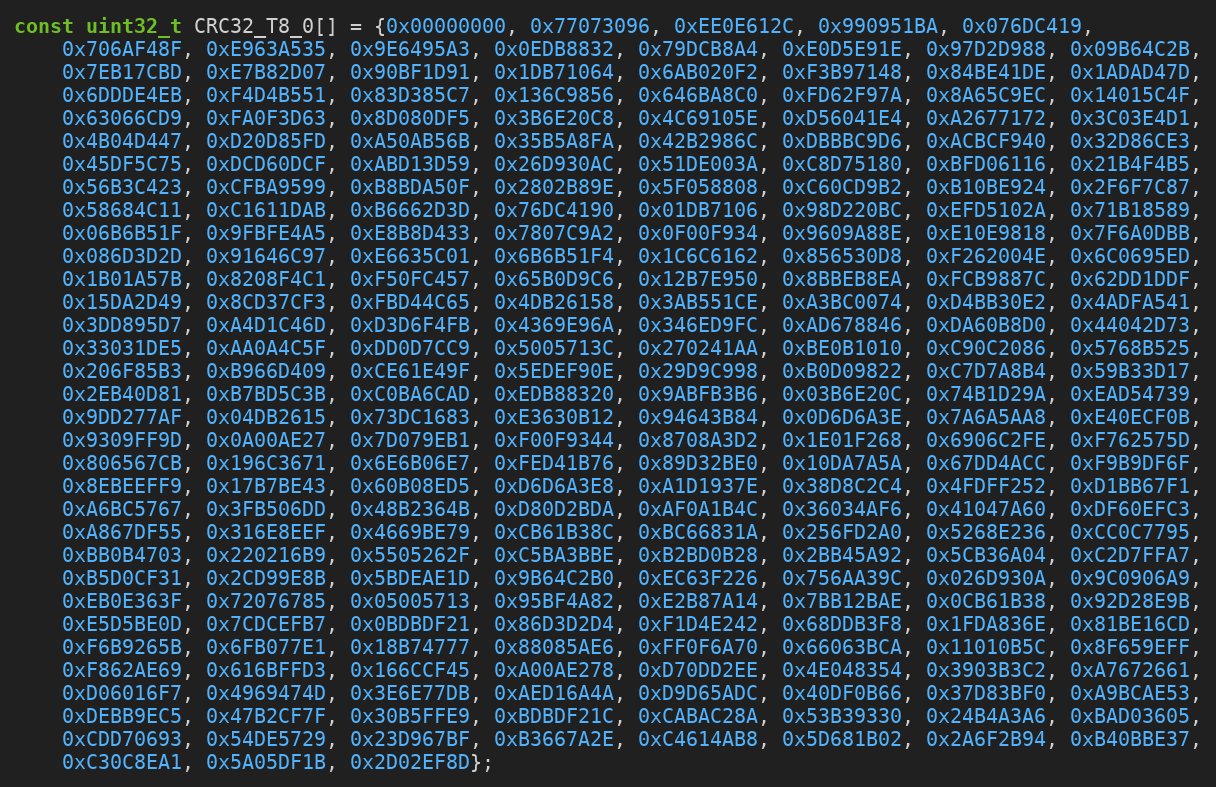
Language: C++
const uint32_t CRC32_T8_0[] = {0x00000000, 0x77073096, 0xEE0E612C, 0x990951BA, 0x076DC419,
    0x706AF48F, 0xE963A535, 0x9E6495A3, 0x0EDB8832, 0x79DCB8A4, 0xE0D5E91E, 0x97D2D988, 0x09B64C2B,
    0x7EB17CBD, 0xE7B82D07, 0x90BF1D91, 0x1DB71064, 0x6AB020F2, 0xF3B97148, 0x84BE41DE, 0x1ADAD47D,
    0x6DDDE4EB, 0xF4D4B551, 0x83D385C7, 0x136C9856, 0x646BA8C0, 0xFD62F97A, 0x8A65C9EC, 0x14015C4F,
    0x63066CD9, 0xFA0F3D63, 0x8D080DF5, 0x3B6E20C8, 0x4C69105E, 0xD56041E4, 0xA2677172, 0x3C03E4D1,
    0x4B04D447, 0xD20D85FD, 0xA50AB56B, 0x35B5A8FA, 0x42B2986C, 0xDBBBC9D6, 0xACBCF940, 0x32D86CE3,
    0x45DF5C75, 0xDCD60DCF, 0xABD13D59, 0x26D930AC, 0x51DE003A, 0xC8D75180, 0xBFD06116, 0x21B4F4B5,
    0x56B3C423, 0xCFBA9599, 0xB8BDA50F, 0x2802B89E, 0x5F058808, 0xC60CD9B2, 0xB10BE924, 0x2F6F7C87,
    0x58684C11, 0xC1611DAB, 0xB6662D3D, 0x76DC4190, 0x01DB7106, 0x98D220BC, 0xEFD5102A, 0x71B18589,
    0x06B6B51F, 0x9FBFE4A5, 0xE8B8D433, 0x7807C9A2, 0x0F00F934, 0x9609A88E, 0xE10E9818, 0x7F6A0DBB,
    0x086D3D2D, 0x91646C97, 0xE6635C01, 0x6B6B51F4, 0x1C6C6162, 0x856530D8, 0xF262004E, 0x6C0695ED,
    0x1B01A57B, 0x8208F4C1, 0xF50FC457, 0x65B0D9C6, 0x12B7E950, 0x8BBEB8EA, 0xFCB9887C, 0x62DD1DDF,
    0x15DA2D49, 0x8CD37CF3, 0xFBD44C65, 0x4DB26158, 0x3AB551CE, 0xA3BC0074, 0xD4BB30E2, 0x4ADFA541,
    0x3DD895D7, 0xA4D1C46D, 0xD3D6F4FB, 0x4369E96A, 0x346ED9FC, 0xAD678846, 0xDA60B8D0, 0x44042D73,
    0x33031DE5, 0xAA0A4C5F, 0xDD0D7CC9, 0x5005713C, 0x270241AA, 0xBE0B1010, 0xC90C2086, 0x5768B525,
    0x206F85B3, 0xB966D409, 0xCE61E49F, 0x5EDEF90E, 0x29D9C998, 0xB0D09822, 0xC7D7A8B4, 0x59B33D17,
    0x2EB40D81, 0xB7BD5C3B, 0xC0BA6CAD, 0xEDB88320, 0x9ABFB3B6, 0x03B6E20C, 0x74B1D29A, 0xEAD54739,
    0x9DD277AF, 0x04DB2615, 0x73DC1683, 0xE3630B12, 0x94643B84, 0x0D6D6A3E, 0x7A6A5AA8, 0xE40ECF0B,
    0x9309FF9D, 0x0A00AE27, 0x7D079EB1, 0xF00F9344, 0x8708A3D2, 0x1E01F268, 0x6906C2FE, 0xF762575D,
    0x806567CB, 0x196C3671, 0x6E6B06E7, 0xFED41B76, 0x89D32BE0, 0x10DA7A5A, 0x67DD4ACC, 0xF9B9DF6F,
    0x8EBEEFF9, 0x17B7BE43, 0x60B08ED5, 0xD6D6A3E8, 0xA1D1937E, 0x38D8C2C4, 0x4FDFF252, 0xD1BB67F1,
    0xA6BC5767, 0x3FB506DD, 0x48B2364B, 0xD80D2BDA, 0xAF0A1B4C, 0x36034AF6, 0x41047A60, 0xDF60EFC3,
    0xA867DF55, 0x316E8EEF, 0x4669BE79, 0xCB61B38C, 0xBC66831A, 0x256FD2A0, 0x5268E236, 0xCC0C7795,
    0xBB0B4703, 0x220216B9, 0x5505262F, 0xC5BA3BBE, 0xB2BD0B28, 0x2BB45A92, 0x5CB36A04, 0xC2D7FFA7,
    0xB5D0CF31, 0x2CD99E8B, 0x5BDEAE1D, 0x9B64C2B0, 0xEC63F226, 0x756AA39C, 0x026D930A, 0x9C0906A9,
    0xEB0E363F, 0x72076785, 0x05005713, 0x95BF4A82, 0xE2B87A14, 0x7BB12BAE, 0x0CB61B38, 0x92D28E9B,
    0xE5D5BE0D, 0x7CDCEFB7, 0x0BDBDF21, 0x86D3D2D4, 0xF1D4E242, 0x68DDB3F8, 0x1FDA836E, 0x81BE16CD,
    0xF6B9265B, 0x6FB077E1, 0x18B74777, 0x88085AE6, 0xFF0F6A70, 0x66063BCA, 0x11010B5C, 0x8F659EFF,
    0xF862AE69, 0x616BFFD3, 0x166CCF45, 0xA00AE278, 0xD70DD2EE, 0x4E048354, 0x3903B3C2, 0xA7672661,
    0xD06016F7, 0x4969474D, 0x3E6E77DB, 0xAED16A4A, 0xD9D65ADC, 0x40DF0B66, 0x37D83BF0, 0xA9BCAE53,
    0xDEBB9EC5, 0x47B2CF7F, 0x30B5FFE9, 0xBDBDF21C, 0xCABAC28A, 0x53B39330, 0x24B4A3A6, 0xBAD03605,
    0xCDD70693, 0x54DE5729, 0x23D967BF, 0xB3667A2E, 0xC4614AB8, 0x5D681B02, 0x2A6F2B94, 0xB40BBE37,
    0xC30C8EA1, 0x5A05DF1B, 0x2D02EF8D};